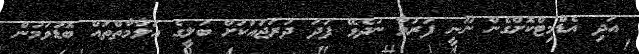
އަދި އެޑްމިޓްކޮށްގެން ނޫނީ ފަރުވާ ނުދެވޭ ފަދަ ދަރަޖައަކަށް ބަލީގެ އަލާމާތްތައް ބޮޑުވަމުން